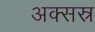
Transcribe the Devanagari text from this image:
अक्सस्र